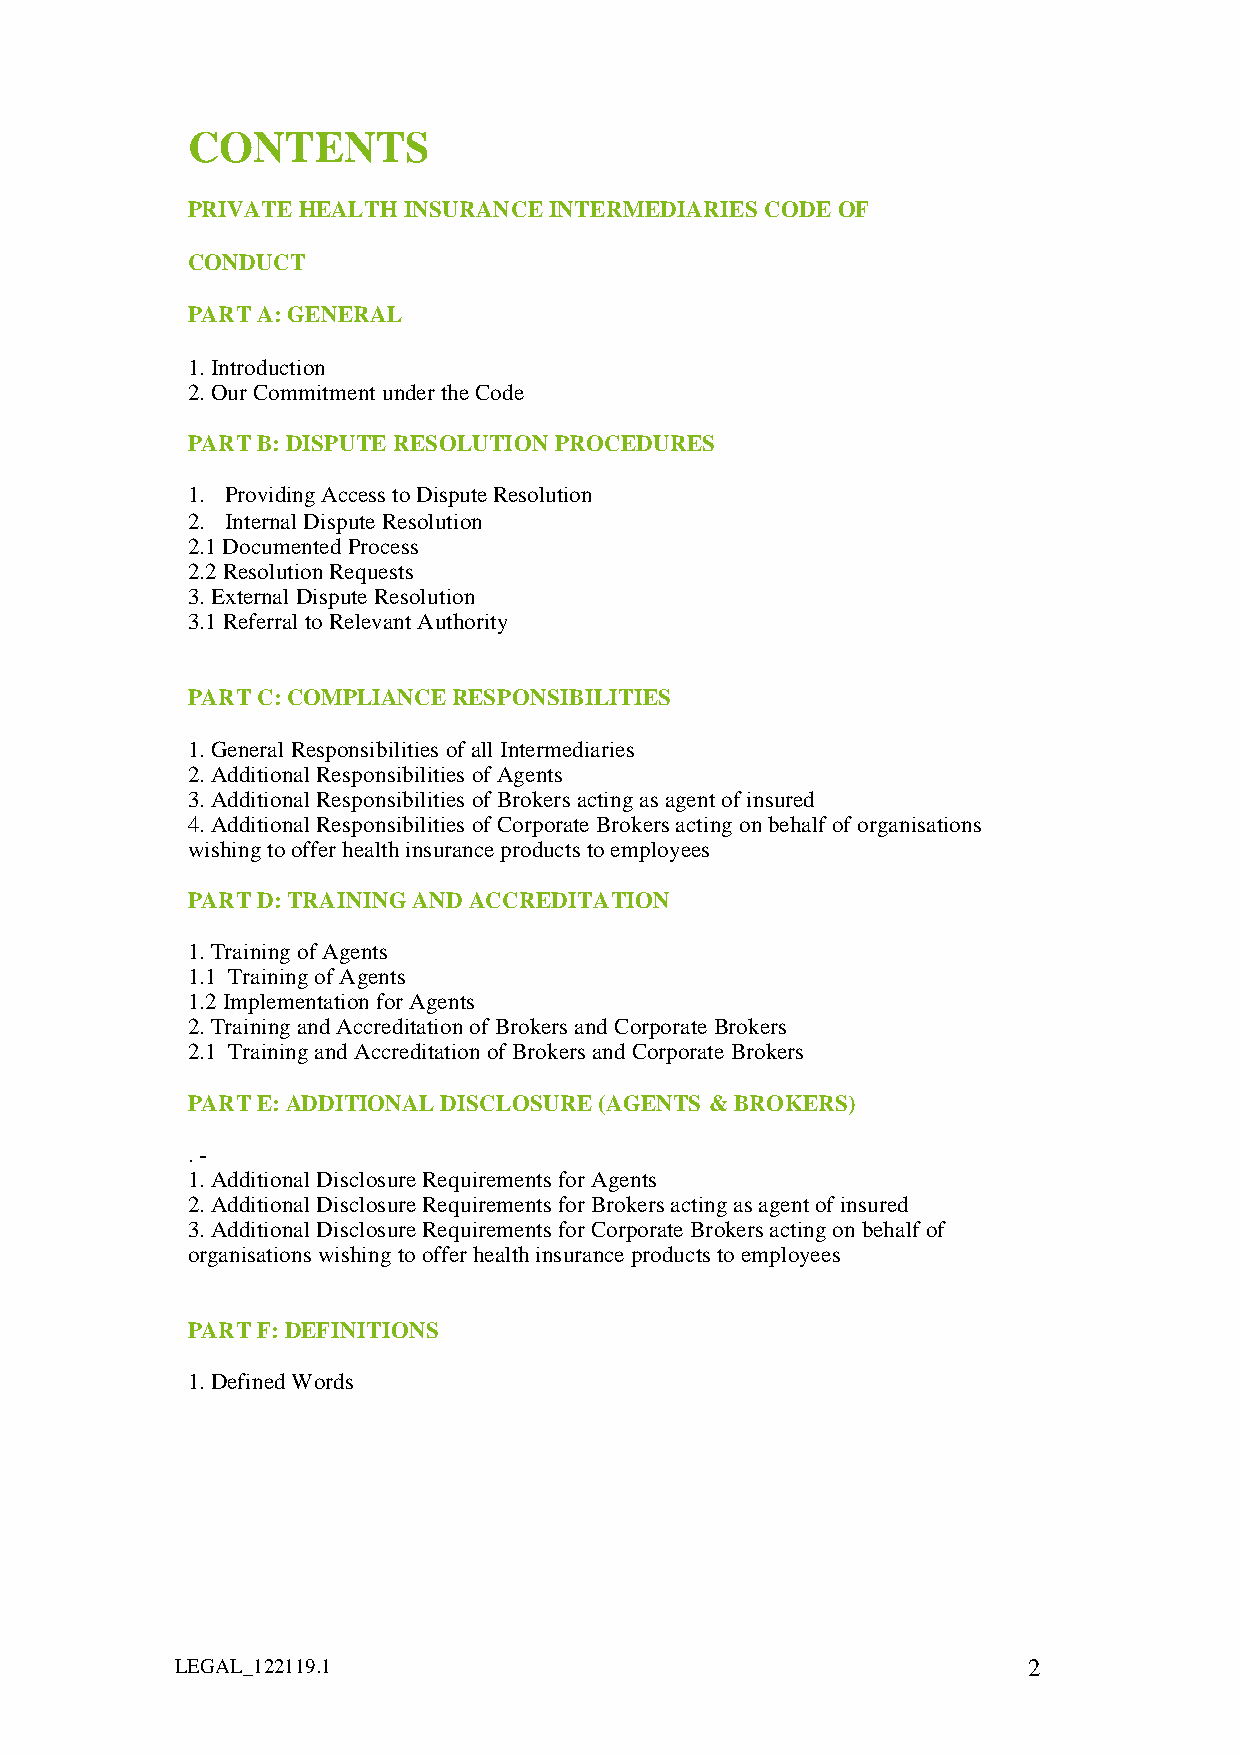
CONTENTS
 PRIVATE HEALTH INSURANCE INTERMEDIARIES CODE OF
 CONDUCT
 PART A: GENERAL
 1. Introduction
 2. Our Commitment under the Code
 PART B: DISPUTE RESOLUTION PROCEDURES
 1. Providing Access to Dispute Resolution
 2. Internal Dispute Resolution
 2.1 Documented Process
 2.2 Resolution Requests
 3. External Dispute Resolution
 3.1 Referral to Relevant Authority
 PART C: COMPLIANCE RESPONSIBILITIES
 1. General Responsibilities of all Intermediaries
 2. Additional Responsibilities of Agents
 3. Additional Responsibilities of Brokers acting as agent of insured
 4. Additional Responsibilities of Corporate Brokers acting on behalf of organisations
 wishing to offer health insurance products to employees
 PART D: TRAINING AND ACCREDITATION
 1. Training of Agents
 1.1 Training of Agents
 1.2 Implementation for Agents
 2. Training and Accreditation of Brokers and Corporate Brokers
 2.1 Training and Accreditation of Brokers and Corporate Brokers
 PART E: ADDITIONAL DISCLOSURE (AGENTS & BROKERS)
 . -
 1. Additional Disclosure Requirements for Agents
 2. Additional Disclosure Requirements for Brokers acting as agent of insured
 3. Additional Disclosure Requirements for Corporate Brokers acting on behalf of
 organisations wishing to offer health insurance products to employees
 PART F: DEFINITIONS
 1. Defined Words
 LEGAL_122119.1                                          2